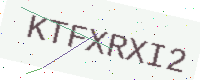
Text: KTFXRXI2